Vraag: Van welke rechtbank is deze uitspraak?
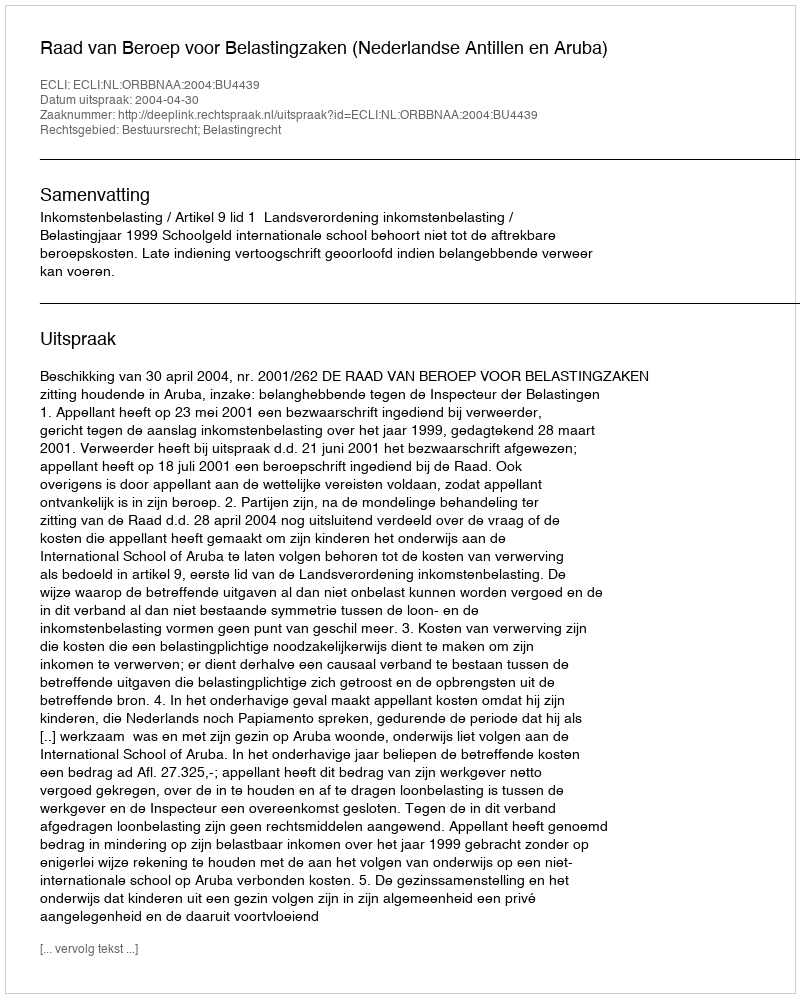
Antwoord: Raad van Beroep voor Belastingzaken (Nederlandse Antillen en Aruba)